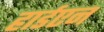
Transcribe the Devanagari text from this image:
हार्डएन